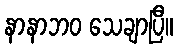
နာနာဘဝ သေချာပြီ။